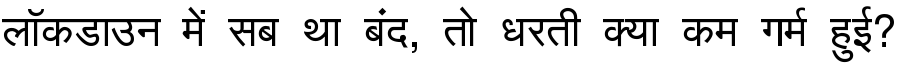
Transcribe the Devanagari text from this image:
लॉकडाउन में सब था बंद, तो धरती क्या कम गर्म हुई?